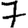
Digit: 7